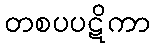
တစပပဋိကာ